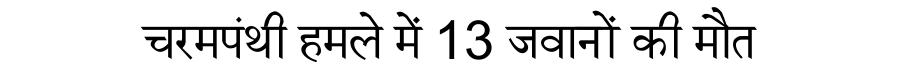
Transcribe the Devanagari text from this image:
चरमपंथी हमले में 13 जवानों की मौत